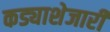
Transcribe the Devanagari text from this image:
कड्याशेजारी